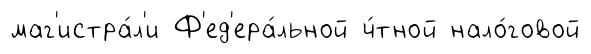
маг'истра́л'и Ф'ед'ера́льной ч́тной нало́говой